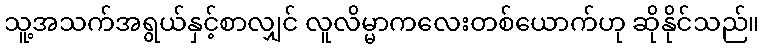
သူ့အသက်အရွယ်နှင့်စာလျှင် လူလိမ္မာကလေးတစ်ယောက်ဟု ဆိုနိုင်သည်။